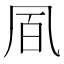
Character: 凮